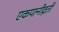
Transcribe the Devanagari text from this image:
एकपत्नीव्रती